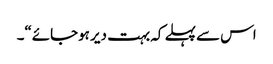
اس سے پہلے کہ بہت دیر ہوجائے“۔